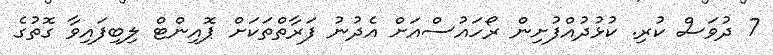
7 ދުވަސް ކުރި. ކުޅުދުއްފުށިން ރޯހައުސްއަށް އެދުނު ފަރާތްތަކަށް ޕޮއިންޓް ލިބިފައިވާ ގޮތުގެ